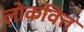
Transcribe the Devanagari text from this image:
लोकवित्त